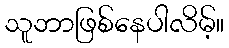
သူဘာဖြစ်နေပါလိမ့်။